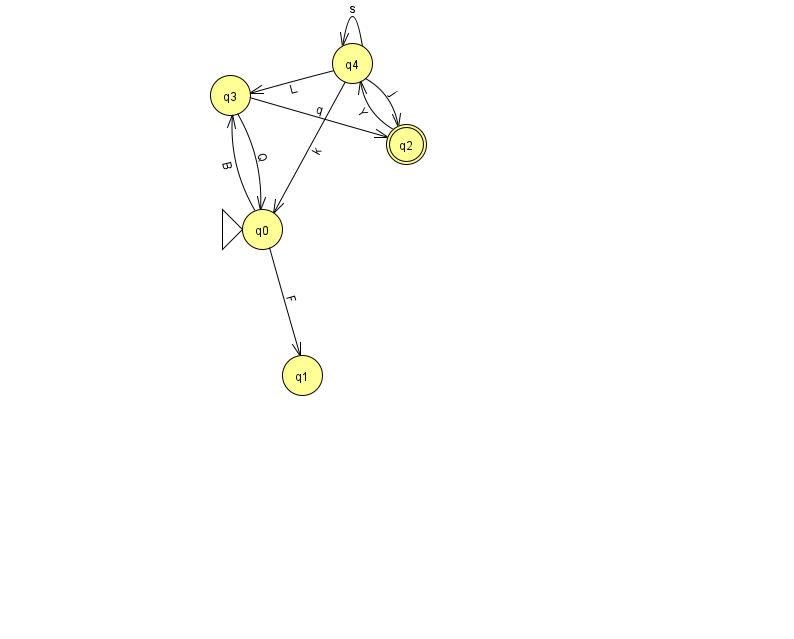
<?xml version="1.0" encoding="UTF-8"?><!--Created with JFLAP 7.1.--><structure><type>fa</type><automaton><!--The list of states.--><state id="0" name="q0"><x>262.0</x><y>216.0</y><initial/></state><state id="1" name="q1"><x>302.0</x><y>362.0</y></state><state id="2" name="q2"><x>406.0</x><y>131.0</y><final/></state><state id="3" name="q3"><x>230.0</x><y>82.0</y></state><state id="4" name="q4"><x>352.0</x><y>50.0</y></state><!--The list of transitions.--><transition><from>4</from><to>2</to><read>j</read></transition><transition><from>2</from><to>4</to><read>Y</read></transition><transition><from>4</from><to>4</to><read>s</read></transition><transition><from>0</from><to>3</to><read>B</read></transition><transition><from>3</from><to>0</to><read>Q</read></transition><transition><from>3</from><to>2</to><read>q</read></transition><transition><from>0</from><to>1</to><read>F</read></transition><transition><from>4</from><to>0</to><read>k</read></transition><transition><from>4</from><to>3</to><read>L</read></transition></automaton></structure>